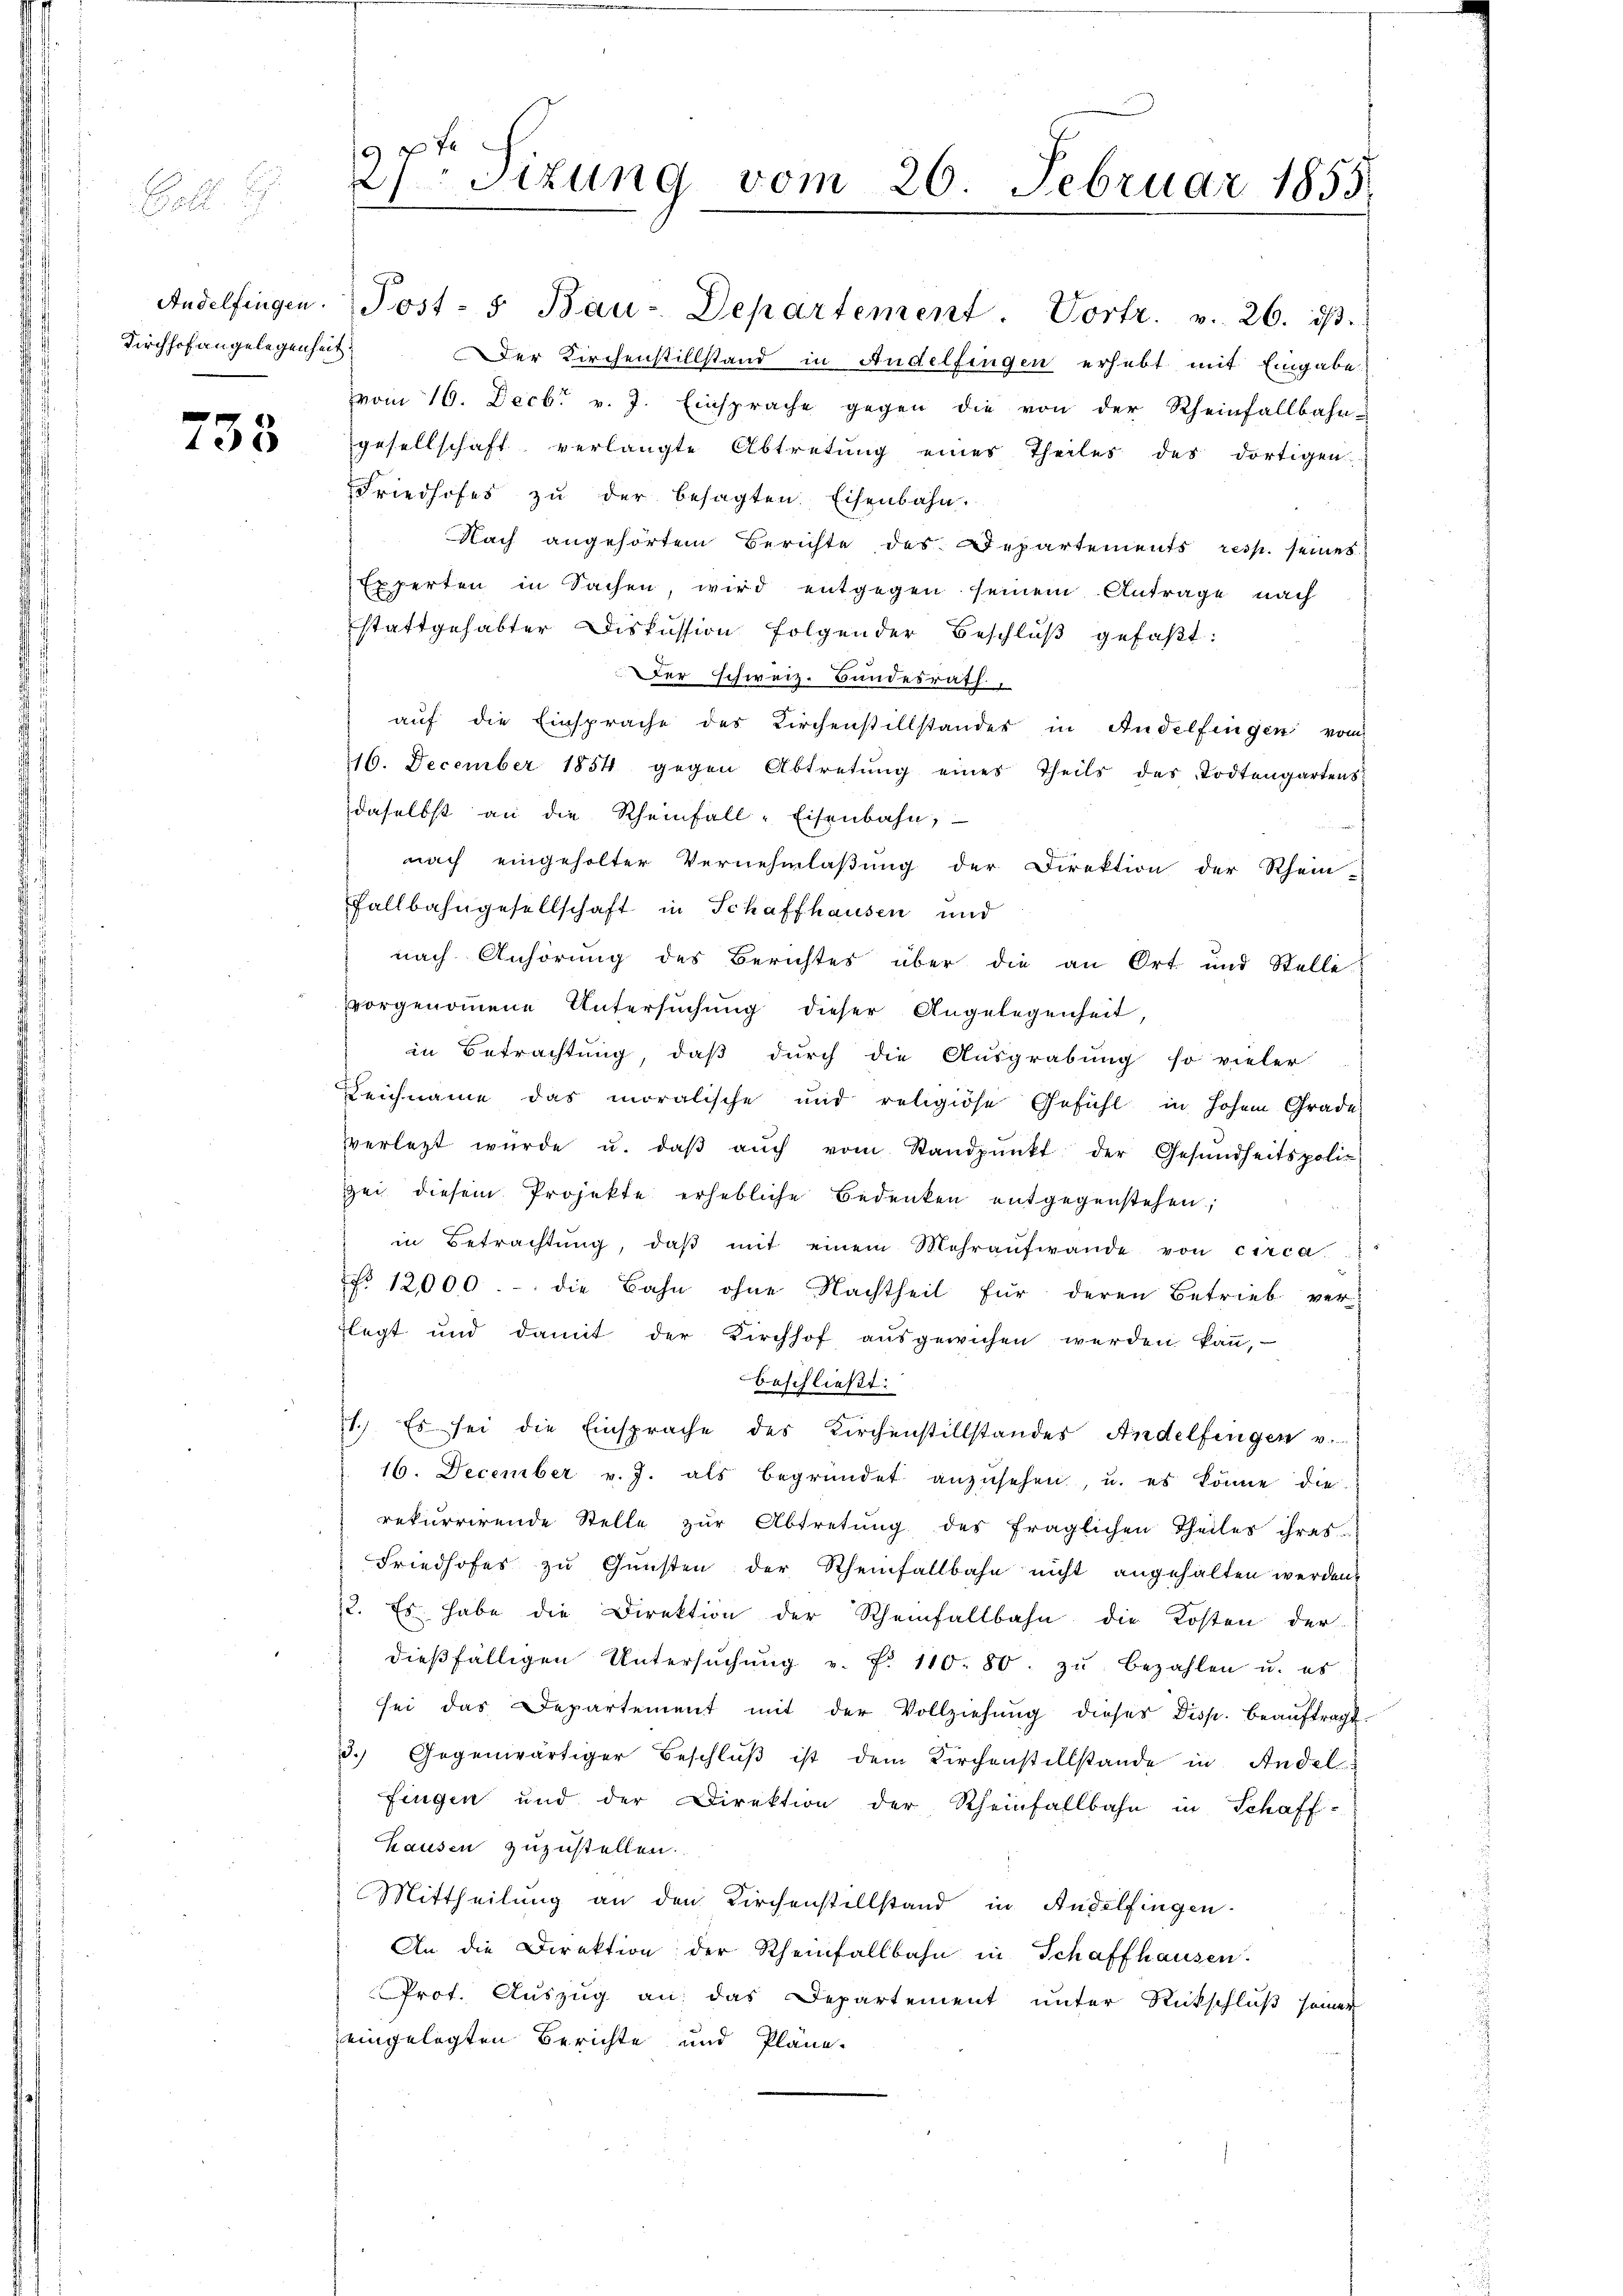
Kirchhof angelegenheit

238

Andelfingen. Post- & Bau-Departement. Vortr. v. 26. dβ.
Der Kirchenstillstand in Andelfingen erhebt mit Eingabe
vom 16. Decbr v. J. Einsprache gegen die von der Rheinfallbahn-
gesellschaft verlangte Abtretung eines Theiles des dortigen
Friedhofes zu der besagten Eisenbahn.
Nach angehörtem Berichte des Departements resp. seines
Experten in Sachen, wird entgegen seinem Antrage nach
stattgehabter Diskussion folgender Beschlŭβ gefaßt:
 er schweiz. Bundesrath
aŭf die Einsprache des Kirchenstillstander in Andelfingen vom
16. December 1854 gegen Abtretŭng eines Theils des Todtengartens
daselbst an die Rheinfall-Eisenbahn,
nach eingeholter Vernehmlaβŭng der Direktion der Rhein-
Fallbahngesellschaft in Schaffhausen und
nach Anhörung des Berichtes über die an Ort und Stelle
vorgenommene Untersŭchŭng dieser Angelegenheit,
in Betrachtung, daß durch die Ausgrabung so vieler
Leichname das moralische und religiöse Gefühl in hohem Grade
vverletzt würde u. daβ aŭch vom Standpŭnkt der Gesŭndheitspoliz
sei diesem Projekte erhebliche Bedenken entgegenstehen;
in Betrachtung, daβ mit einem Mehraufwande von circa
No. 12000.- die Bahn ohne Nachtheil für deren Betrieb verlegt und damit der Kirchhof aŭsgewichen werden kaṅ,
beschließt:
1.) Es sei die Einsprache des Kirchenstillstandes Andelfingen v.
16. December v. J. als begründet anzusehen, u. es könne die
rekurrirende Stelle zŭr Abtretŭng des fraglichen Theiles ihres
Friedhofes zu Gunsten der Rheinfallbahn nicht angehalten werden.
2. Es habe die Direktion der Rheinfallbahn die Kosten der
dieβfälligen Untersŭchŭng v. fr. 110. 80. zŭ bezahlen u. es
sei das Departement mit der Vollziehung dieses Disp. beauftragt.
3. Gegenwärtiger Beschlŭβ ist dem Kirchenstillstände in Andel
fingen und der Direktion der Rheinfallbahn in Schaff-
hausen zuzustellen.
Mittheilung an den Kirchenstillstand in Andelfingen.
An die Direktion der Rheinfallbahn in Schaffhausen.
Prot. Auszug an das Departement unter Rückschluß seiner
eingelegten Berichte und Pläne.

9 x
Sizung vom 26. Februar 1855.